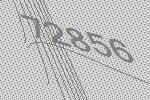
72856